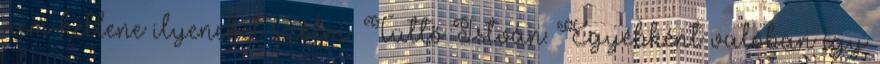
nem kellene ilyeneket szólni. Tüttő István: Egyébként valóban így